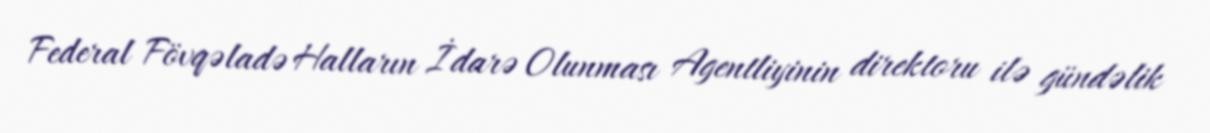
Federal Fövqəladə Halların İdarə Olunması Agentliyinin direktoru ilə gündəlik